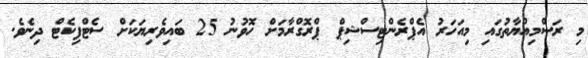
މި ރަސްމިއްޔާތުގައި މިއަހަރު އެޕްރެންޓިސްޝިޕް ޕްރޮގްރާމަށް ހޮވުނު 25 ބައިވެރިޔަކަށް ސެޓްފިކެޓް ދިނެވެ.